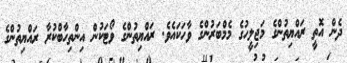
ދެން އޮތީ ރައްޔިތުންގެ މަޖިލީހުގެ މެމްބަރުންގެ ވާހަކައެވެ. ރައްޔިތުންގެ ވޯޓަކުން އިންތިހާބްކުރާ ރައްޔިތުންގެ